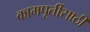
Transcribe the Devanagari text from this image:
कामपूर्तीसाठी